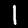
Digit: 1